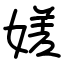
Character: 嫅